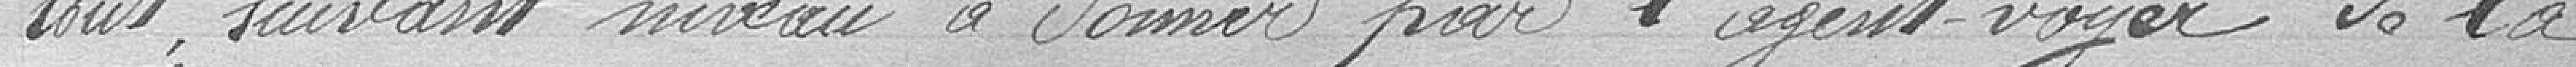
le tout suivant niveau à donner par l'agent voyer de la